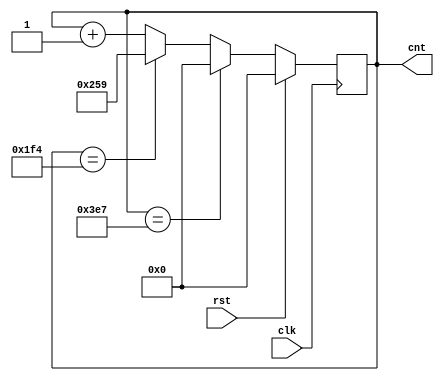
//counter to skip 501 to 600
//0,1,2,3,....498,499,500,601,602...998,999,0,1,2,3,....498,499,500,601,602...998,999..

module mod1000_skip501_600 (clk,rst,cnt);
	input clk,rst;
	
	output reg [9:0] cnt;
	
	wire [9:0] cntplus1, b2,cnt_next;
	
	wire eq999,eq500;
	
	always@(posedge clk) begin
		if(rst)
			cnt<=0;
		else
			cnt<=cnt_next;
	end
	
	assign cnt_next=(eq999)?0:b2;
	
	assign eq999= (cnt==999);
	
	assign b2=(eq500)?601:cntplus1;
	
	assign eq500=(cnt==500);
	
	assign cntplus1=cnt+1;
	
endmodule